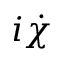
i \dot { \chi }